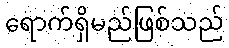
ရောက်ရှိမည်ဖြစ်သည်